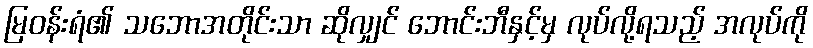
မြဝန်းရံ၏ သဘောအတိုင်းသာ ဆိုလျှင် ဘောင်းဘီနှင့်မှ လုပ်လို့ရသည့် အလုပ်ကို